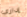
إداري